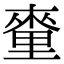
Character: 𨤭